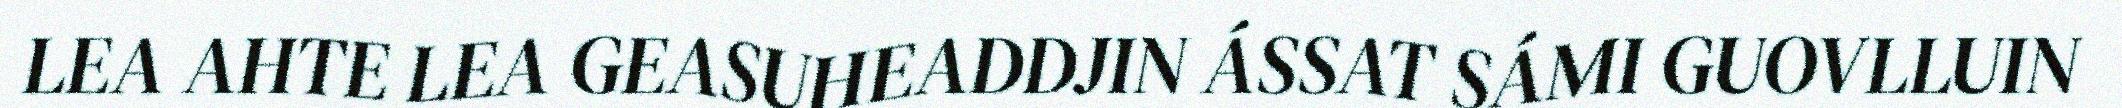
LEA AHTE LEA GEASUHEADDJIN ÁSSAT SÁMI GUOVLLUIN